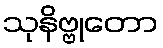
သုနိဗ္ဗုတော